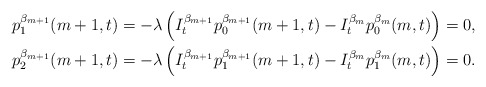
\begin{align*}p^{\beta_{m+1}}_{1}(m+1,t)&=-\lambda\left(I_t^{\beta_{m+1}}p^{\beta_{m+1}}_{0}(m+1,t)-I_t^{\beta_{m}}p^{\beta_{m}}_{0}(m,t)\right)=0,\\p^{\beta_{m+1}}_{2}(m+1,t)&=-\lambda\left(I_t^{\beta_{m+1}}p^{\beta_{m+1}}_{1}(m+1,t)-I_t^{\beta_{m}}p^{\beta_{m}}_{1}(m,t)\right)=0.\end{align*}